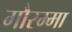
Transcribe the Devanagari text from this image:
गौरम्मा